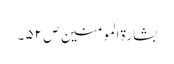
بشارۃ المومنین ص ۵۲ ۔